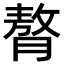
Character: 𮌳